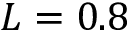
L = 0 . 8